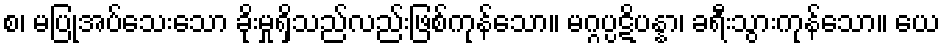
စ၊ မပြုအပ်သေးသော ခိုးမှုရှိသည်လည်းဖြစ်ကုန်သော။ မဂ္ဂပ္ပဋိပန္နာ၊ ခရီးသွားကုန်သော။ ယေ